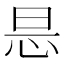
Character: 𢘇